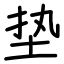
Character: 垫